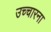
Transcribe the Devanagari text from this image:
उच्चारना